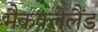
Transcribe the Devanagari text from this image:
मैकक्लेलैंड